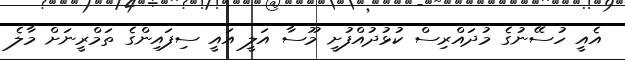
އެއީ ހުސޭނުގެ މުދައްރިސް ކުޅުދުއްފުށީ މޫސާ އަލީ އައީ ސިފައިންގެ ތަމްރީނަށް މާލެ